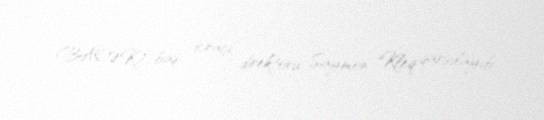
(BAOƏK) baş icraçı direktoru Saymon Kleq qarşılayıb.